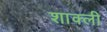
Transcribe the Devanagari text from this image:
शाक्ली